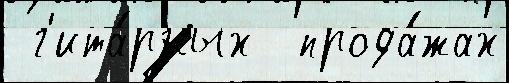
 г'ита́рных  прода́жах